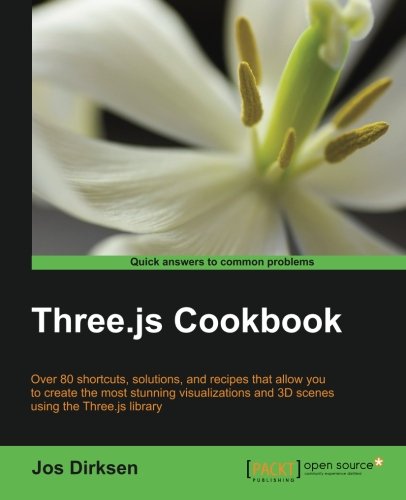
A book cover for Three.js Cookbook; Jos Dirksen; Computers & Technology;